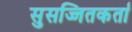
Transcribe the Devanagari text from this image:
सुसज्जितकर्ता